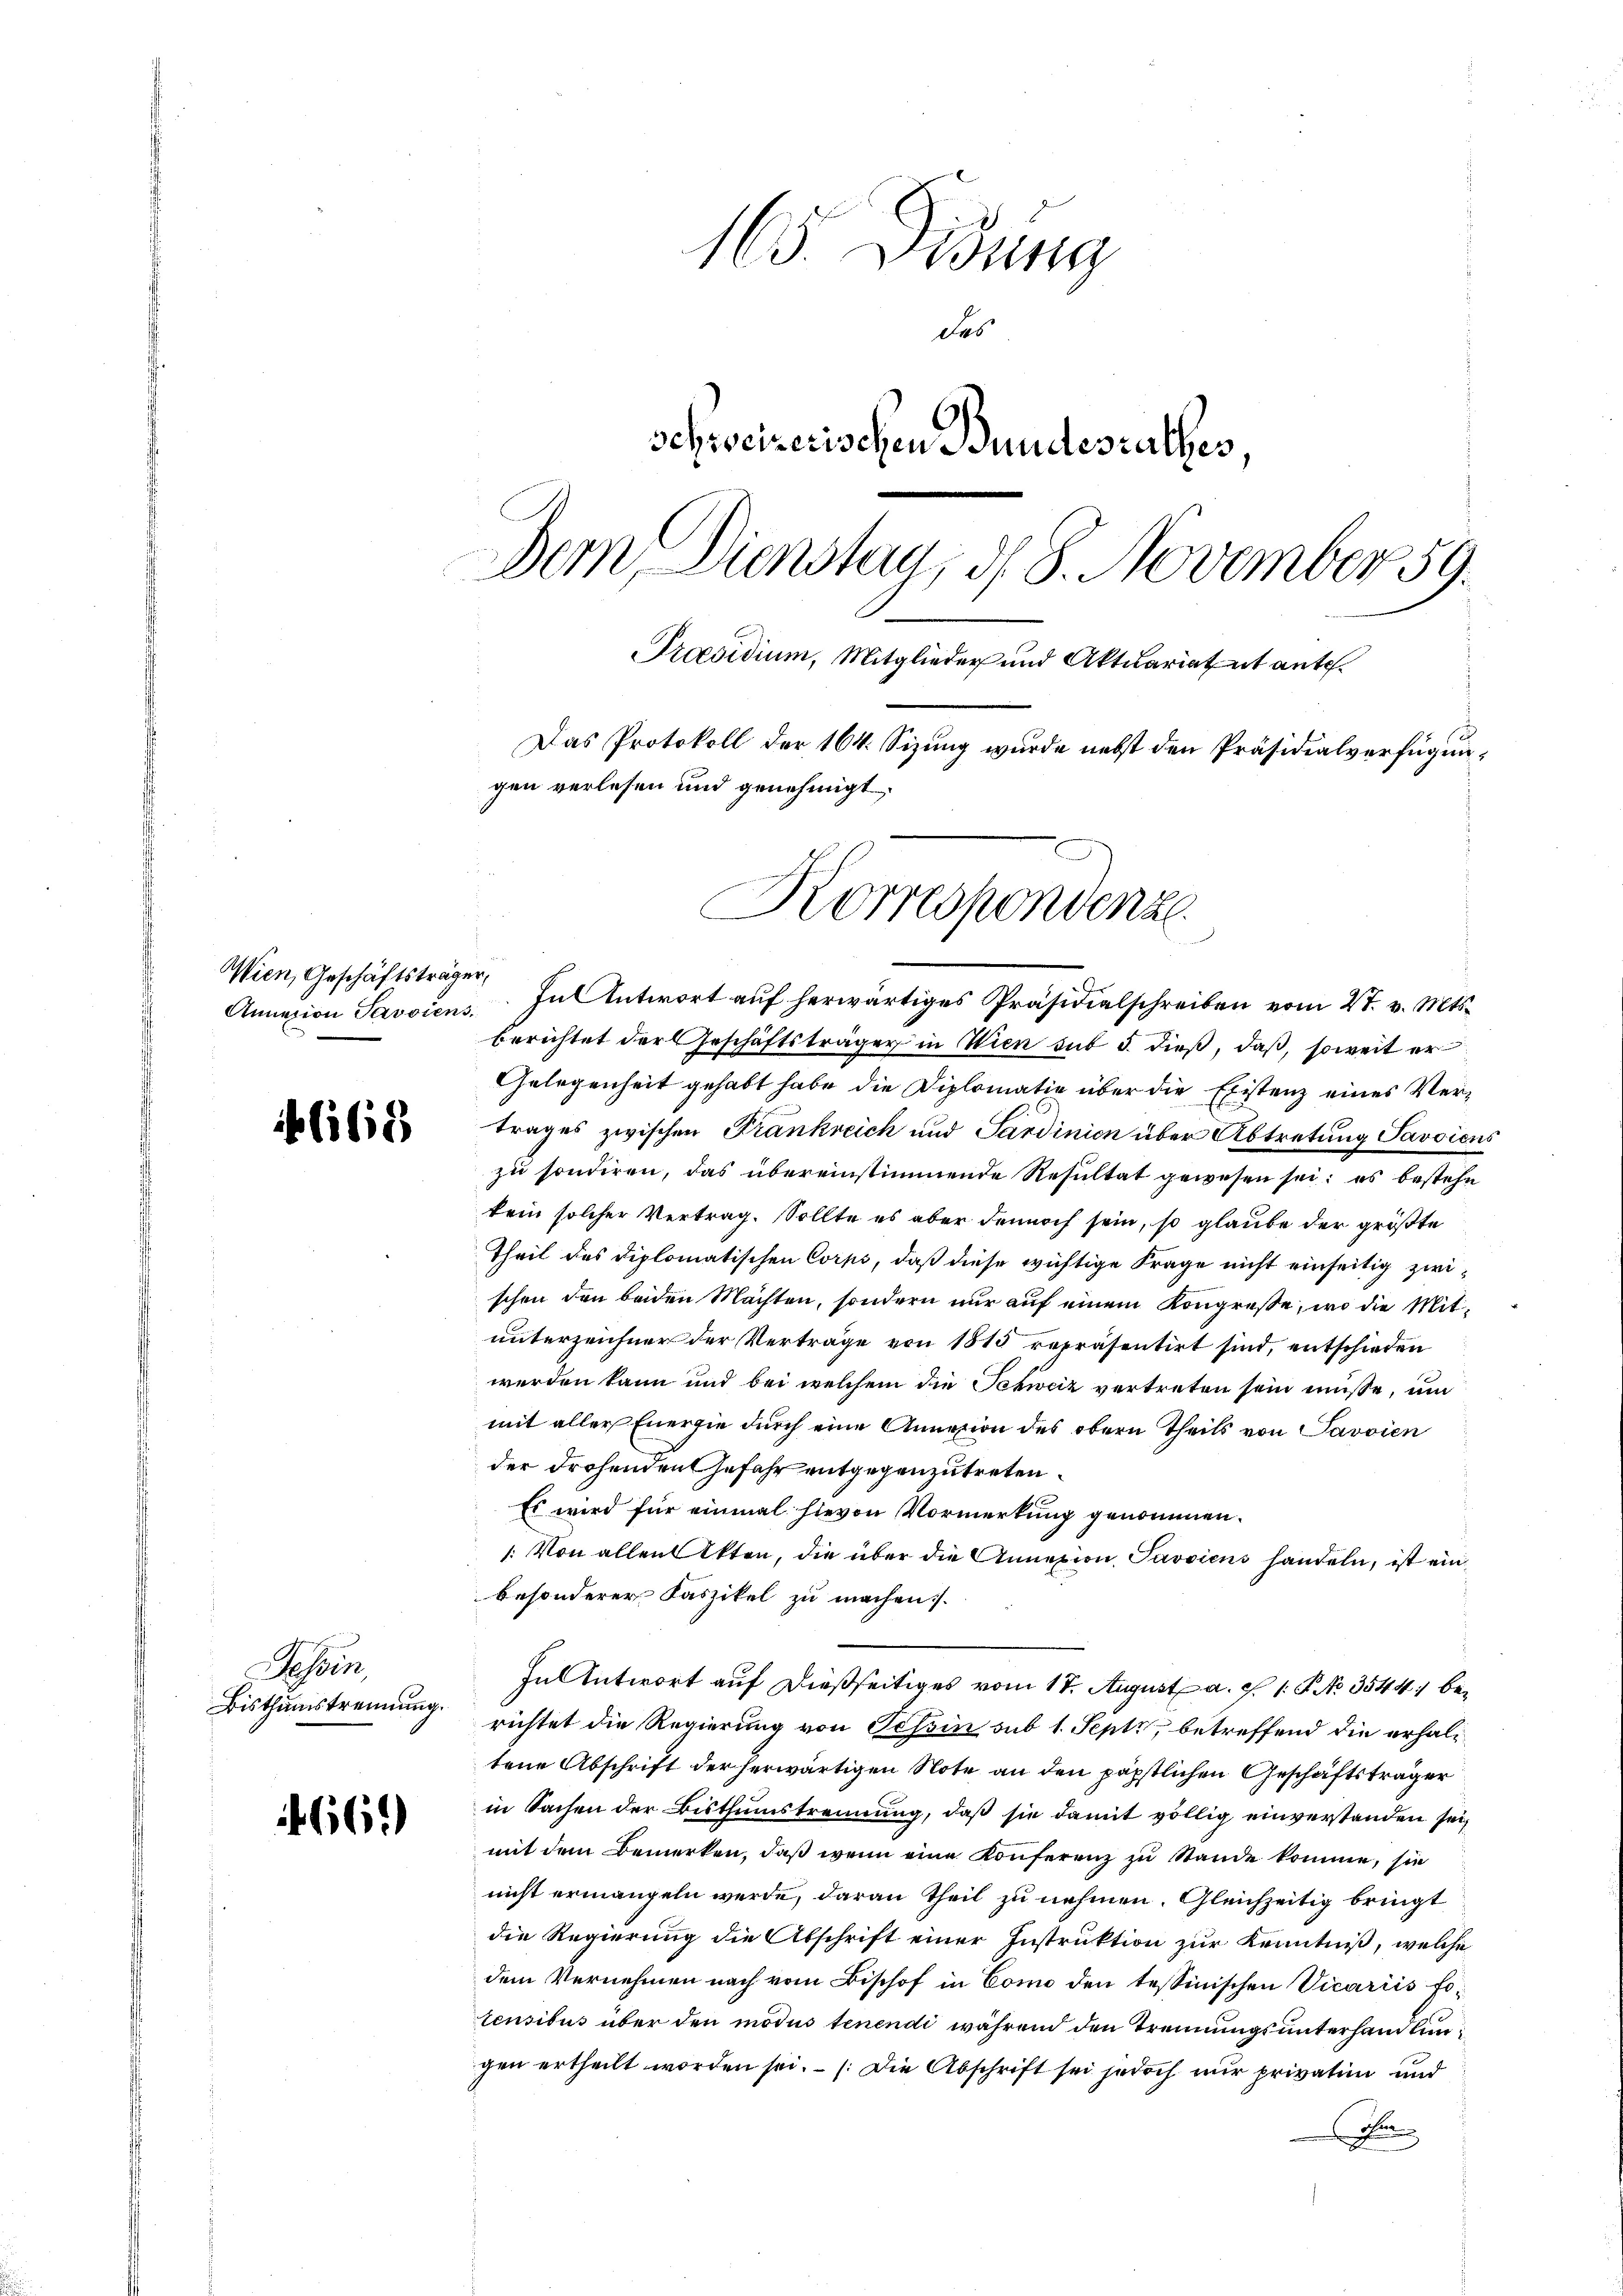
Wien, Geschäftsträge

blilig

essen
Bisthumstrennung.

661)

165. Didung
des
schreizerischen Bundesrathes
Dem Dienstag, d. 8. November 59.
Praesidium, Mitglieder und Aktuariatet ante.
Das Protokoll der 164. Sizung wurde nebst den Präsidialverfügungen verlesen und genehmigt,

Korrespondenz

4
Annazion Savoiens. In Antwort auf herwärtiges Präsidialschreiben vom 27. v. Mts.
berichtet der Geschäftsträger in Wien mit 5. dieß, daß, soweit er
Gelegenheit gehabt habe die Diplomatie über die Existenz eines Vertrages zwischen Frankreich und Sardinien über Abtretung Savoicus
zu sondiren, das übereinstimmende Resultat gewesen sei; es bestehe
kein solcher Vertrag. Sollte es aber dennoch sein, so glaube der größte
Theil des diplomatischen Corps, daß diese wichtige Frage nicht einseitig zwischen den beiden Machten, sondern nur auf einem Kongresse, wo die Mitunterzeichner der Verträge von 1815 repräsentirt sind, entschieden
werden kann und bei welchem die Schweiz vertreten sein müsse, um
mit aller Energie durch eine Annexion des obern Theils von Savoien
der drohenden Gefahr entgegenzutreten.
Es wird für einmal hievon Vormerkung genommen.
: Von allen Akten, die über die Annexion Passiens handeln, ist einbesonderer Faszikel zu machen.
In Antwort auf dießseitiges vom 17. August a. c. 1 P. No 3544, berichtet die Regierung von Tessin sub 1. Sept, betreffend die erhaltene Abschrift der herwärtigen Note an den päpstlichen Geschäftsträger
in Sachen der Bisthumstrennung, daß sie damit völlig einverstanden sei,
mit dem Bemerken, daβ wenn eine Konferenz zu Stande komme, sie
nicht ermangeln werde, daran theil zu nehmen. Gleichzeitig bringt
die Regierung die Abschrift einer Instruktion zur Kenntniß, welche
dem Vernehmen nach vom Bischof in Como den tessinischen Vicariis fotensibus über den modus tenendi während den Trennungsunterhandlungen ertheilt worden sei. – Die Abschrift sei jedoch nur privation und
Grun